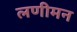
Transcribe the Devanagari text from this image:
लणीमन